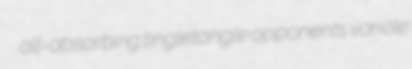
all-absorbing tingletangle opponents variole